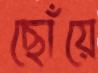
ছোঁয়ে